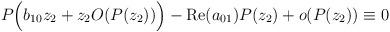
LaTeX: \begin{align*}P\Big(b_{10}z_2+z_2O(P(z_2)) \Big)-\mathrm{Re}(a_{01})P(z_2)+o(P(z_2))\equiv 0\end{align*}